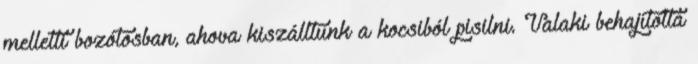
melletti bozótosban, ahova kiszálltunk a kocsiból pisilni. Valaki behajította